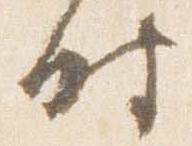
時